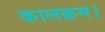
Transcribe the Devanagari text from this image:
कालक्रम।